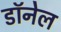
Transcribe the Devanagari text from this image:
डॉनेल